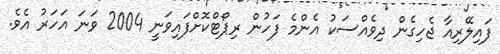
ފައިލޭރިއާ ޖެހިގެން ދިވެއްސަކު އެންމެ ފަހުން ރިޕޯޓްކޮށްފައިވަނީ 2004 ވަނަ އަހަރު އެވެ.